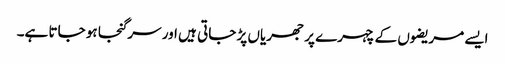
ایسے مریضوں کے چہرے پر جھریاں پڑ جاتی ہیں اور سر گنجا ہو جاتا ہے۔